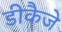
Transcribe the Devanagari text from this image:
डीकैजे